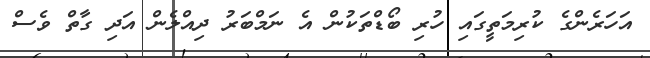
އަހަރެންގެ ކުރިމަތީގައި ހުރި ބޯޑްތަކުން އެ ނަމްބަރު ދިއްލެން އަދި ގާތް ވެސް